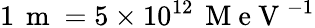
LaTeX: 1\, \mathrm{~m~}=5\times 10^{12}\, \mathrm{~M~e~V~}^{-1}